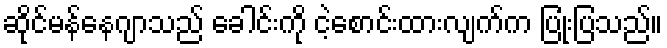
ဆိုင်မန်နေဂျာသည် ခေါင်းကို ငဲ့စောင်းထားလျက်က ပြုံးပြသည်။